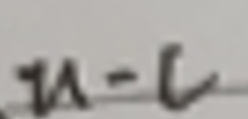
$u = c$